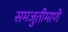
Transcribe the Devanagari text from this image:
समजुतीमाणे